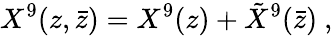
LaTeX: X^{9}(z,\bar{z})=X^{9}(z)+{\tilde{X}}^{9}(\bar{z})\ ,